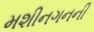
મશીનગનની